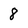
Character: 8